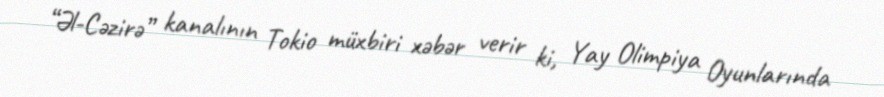
“Əl-Cəzirə” kanalının Tokio müxbiri xəbər verir ki, Yay Olimpiya Oyunlarında